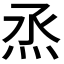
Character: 𤇏